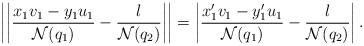
LaTeX: \begin{align*} \left|\left|\frac{x_1v_1-y_1u_1}{\mathcal{N}(q_1)}-\frac{l}{\mathcal{N}(q_2)}\right|\right|= \left|\frac{x_1'v_1-y_1'u_1}{\mathcal{N}(q_1)}-\frac{l}{\mathcal{N}(q_2)}\right|.\end{align*}